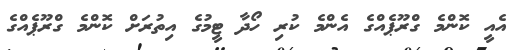
އެއީ ކޮންމެ ގްރޫޕެއްގެ އެންމެ ކުރި ހޯދާ ޓީމުގެ އިތުރަށް ކޮންމެ ގްރޫޕެއްގެ